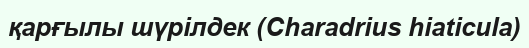
қарғылы шүрілдек (Charadrius hiaticula)